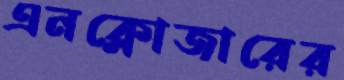
এনক্লোজারের